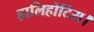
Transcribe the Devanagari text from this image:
हालिहोटिस।